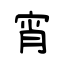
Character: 宵